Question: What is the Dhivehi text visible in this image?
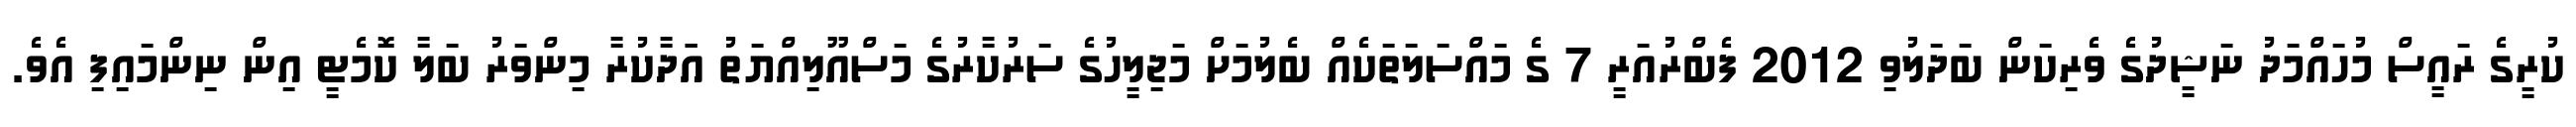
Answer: ކުރީގެ ރައީސް މުހައްމަދު ނަޝީދުގެ ވެރިކަން ބަދަލުވި 2012 ފެބްރުއަރީ 7 ގެ މައްސަލަތަކެއް ބެލުމަށް މަޖިލީހުގެ ސަރުކާރުގެ މަސްއޫލިއްޔަތު އަަދާކުރާ މިންވަރު ބަލާ ކޮމެޓީ އިން ނިންމައިފި އެވެ.